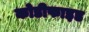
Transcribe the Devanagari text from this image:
कोडीफाइड